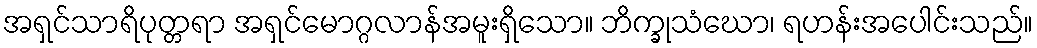
အရှင်သာရိပုတ္တရာ အရှင်မောဂ္ဂလာန်အမူးရှိသော။ ဘိက္ခုသံဃော၊ ရဟန်းအပေါင်းသည်။